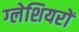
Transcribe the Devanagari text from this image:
ग्‍लेशियरों